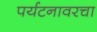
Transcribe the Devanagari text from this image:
पर्यटनावरचा